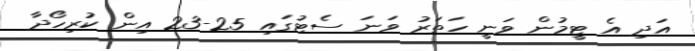
އަދި އެ ޓީމުން ވަނީ ހަތަރު ވަނަ ސެޓުގައި 25-23 އިން ކުރިހޯދާ